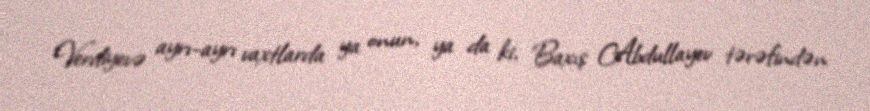
Verdiyevə ayrı-ayrı vaxtlarda ya onun, ya da ki, Baxış Abdullayev tərəfindən